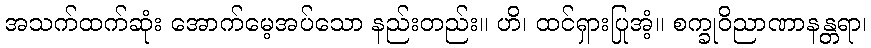
အသက်ထက်ဆုံး အောက်မေ့အပ်သော နည်းတည်း။ ဟိ၊ ထင်ရှားပြုအံ့။ စက္ခုဝိညာဏာနန္တရာ၊